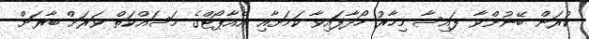
ކުރަން ބޭނުންވާ ފައިސާ މިހާރު ހޯދާފައިވާ ކަމަށާއި އެއާޕޯޓްގެ މަސައްކަތް ވަރަށް ބާރަށް